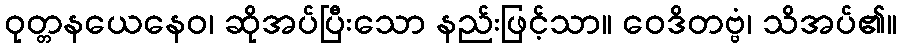
ဝုတ္တနယေနေဝ၊ ဆိုအပ်ပြီးသော နည်းဖြင့်သာ။ ဝေဒိတဗ္ဗံ၊ သိအပ်၏။